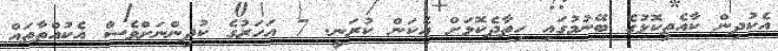
އެކުދިން ކާއެތިކޮޅުގެ ބޭނުމުގައި ހިތާދެކޮޅަށް އެކަން ކުރަނީ. 7 އަހަރުގެ ކުދިންނަށްވެސް އެކުއްތާތައް